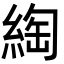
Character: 綯